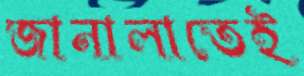
জানালাতেই